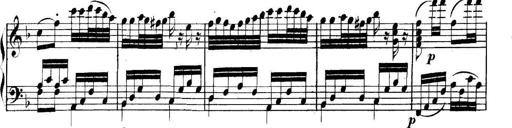
Title: Collected Piano Sonatas
Composer: Muzio Clementi